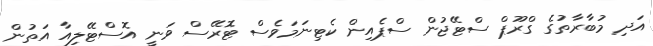
އަދި މުބާރާތުގެ ގްރޫޕް ސްޓޭޖުން ސްޕެއިން ކެޓިނަމަވެސް ޓޮރޭސް ވަނީ އޮސްޓޭލިއާ އަތުން